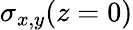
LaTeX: \sigma_{x,y}(z=0)